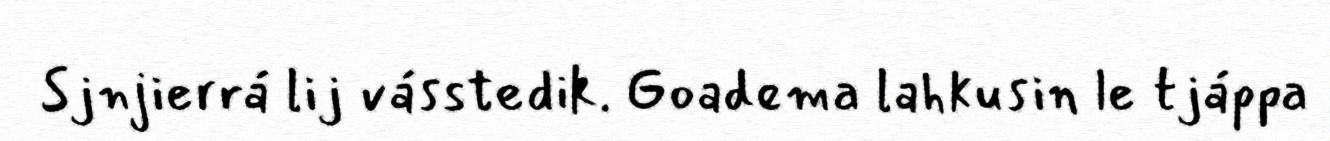
Sjnjierrá lij vásstedik. Goadema lahkusin le tjáppa